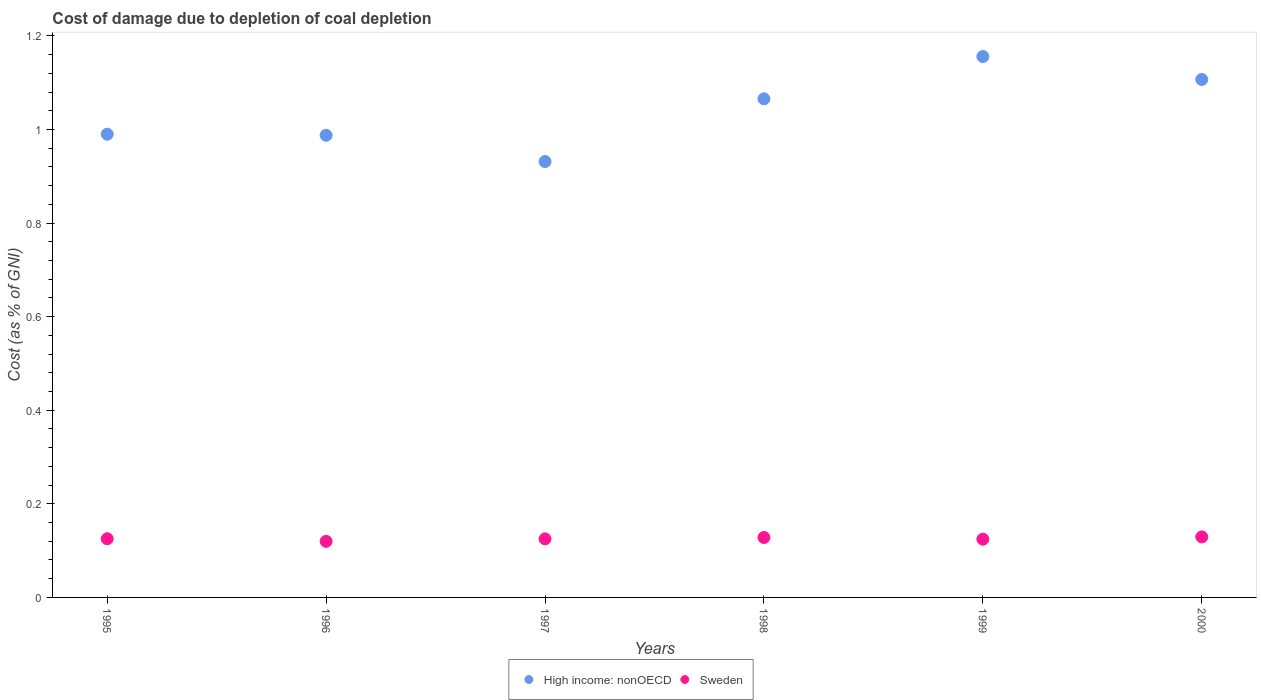
| Years | High income: nonOECD | Sweden |
 | --- | --- | --- |
 | 1995 | 0.99 | 0.125 |
 | 1996 | 0.988 | 0.12 |
 | 1997 | 0.932 | 0.125 |
 | 1998 | 1.07 | 0.128 |
 | 1999 | 1.16 | 0.124 |
 | 2000 | 1.11 | 0.129 |